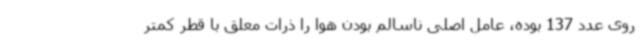
روی عدد 137 بوده، عامل اصلی ناسالم بودن هوا را ذرات معلق با قطر کمتر